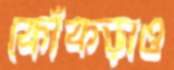
কোঁকড়াও